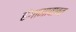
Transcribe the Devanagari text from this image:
हंगामाबाबत